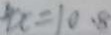
4 x = 1 0 . 8